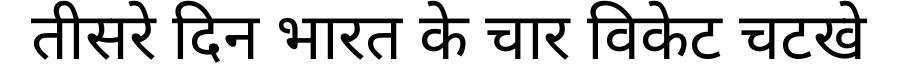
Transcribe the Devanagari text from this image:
तीसरे दिन भारत के चार विकेट चटखे